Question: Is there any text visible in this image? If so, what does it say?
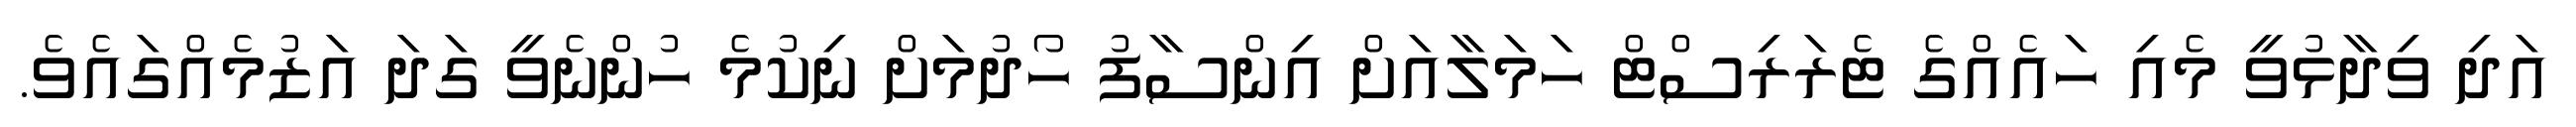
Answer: އަދި ވިދާޅުވީ މެއި ހައެއްގެ ޓެރަރިސްޓް ހަމަލާއަށް އިންސާފު ހޯދުމަށް ނިކުމެ ހުންނެވީ ގަދަ އަޒުމެއްގައެވެ.